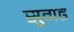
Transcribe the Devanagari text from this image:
सुगढ